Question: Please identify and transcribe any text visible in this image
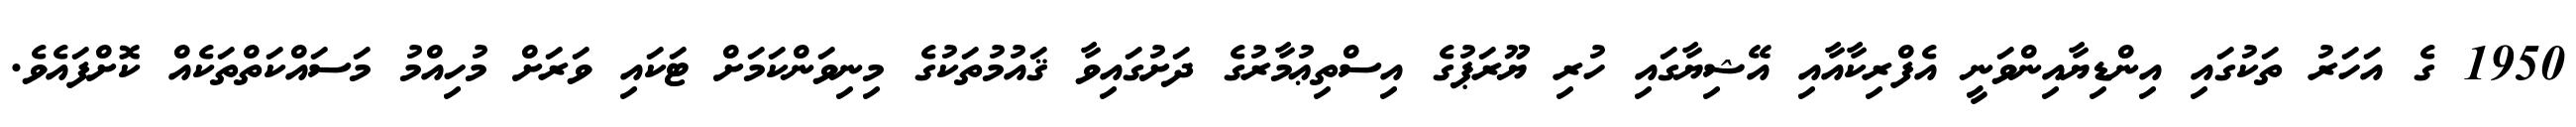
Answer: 1950 ގެ އަހަރު ތަކުގައި އިންޑިޔާއިންވަނީ އެފްރިކާއާއި އޭޝިޔާގައި ހުރި ޔޫރަޕުގެ އިސްތިޢުމާރުގެ ދަށުގައިވާ ޤައުމުތަކުގެ މިނިވަންކަމަށް ޓަކައި ވަރަށް މުހިއްމު މަސައްކަތްތަކެއް ކޮށްފައެވެ.